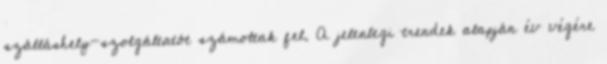
szálláshely-szolgáltatót számoltak fel. A jelenlegi trendek alapján év végére